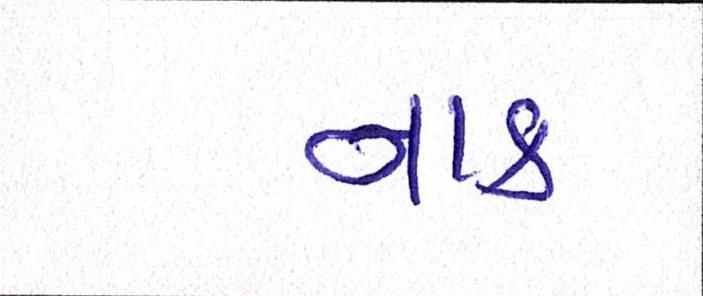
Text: નાક